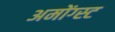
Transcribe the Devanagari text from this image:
अमोंग्स्ट